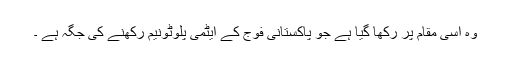
وہ اسی مقام پر رکھا گیا ہے جو پاکستانی فوج کے ایٹمی پلوٹونیم رکھنے کی جگہ ہے ۔